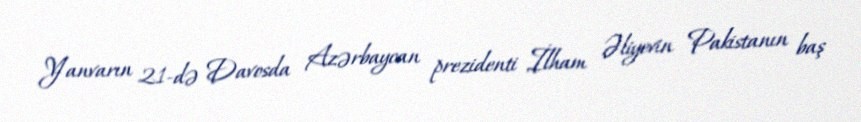
Yanvarın 21-də Davosda Azərbaycan prezidenti İlham Əliyevin Pakistanın baş